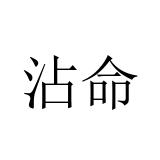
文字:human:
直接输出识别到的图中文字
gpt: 沾命